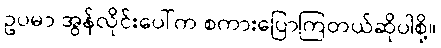
ဥပမာ အွန်လိုင်းပေါ်က စကားပြောကြတယ်ဆိုပါစို့။